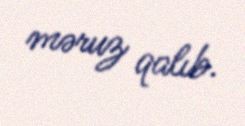
məruz qalıb.